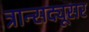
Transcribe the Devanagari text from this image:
त्रान्सद्यूसर